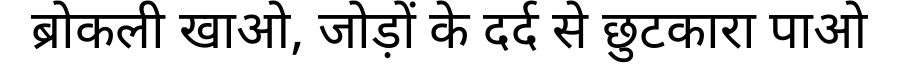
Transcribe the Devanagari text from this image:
ब्रोकली खाओ, जोड़ों के दर्द से छुटकारा पाओ